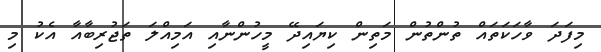
މިފަދަ ވާހަކަތައް ތުންތުން މަތިން ކިޔައިދޭ މީހުންނާއި އަމިއްލަ ތަޖުރިބާއާ އެކު މި